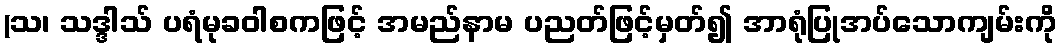
(သ၊ သဒ္ဒါသ် ပရံမုခဝါစကဖြင့် အမည်နာမ ပညတ်ဖြင့်မှတ်၍ အာရုံပြုအပ်သောကျမ်းကို